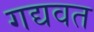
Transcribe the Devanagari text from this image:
गद्यवत